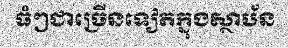
ធំៗជាច្រើនទៀតក្នុងស្ថាប័ន